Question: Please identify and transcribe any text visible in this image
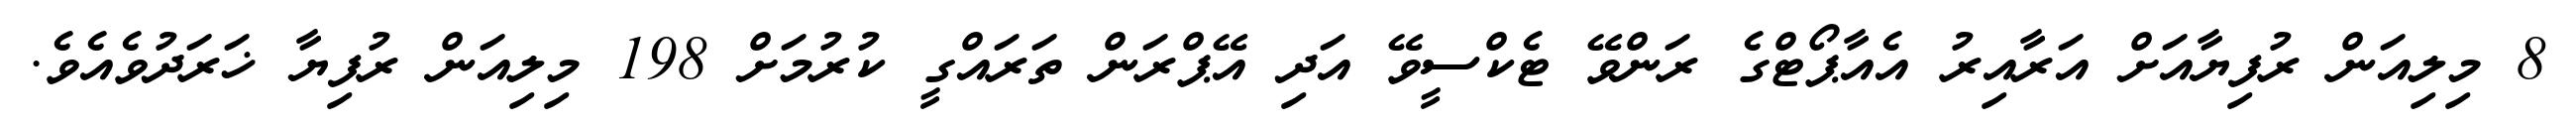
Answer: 8 މިލިއަން ރުފިޔާއަށް އަރާއިރު އެއާޕޯޓްގެ ރަންވޭ ޓެކްސީވޭ އަދި އޭޕްރަން ތަރައްގީ ކުރުމަށް 198 މިލިއަން ރުފިޔާ ޚަރަދުވެއެވެ.